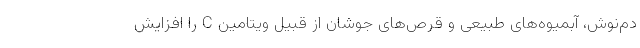
دم‌نوش، آبمیوه‌های طبیعی و قرص‌های جوشان از قبیل ویتامین C را افزایش